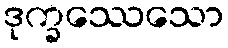
ဒုက္ခဿေသော